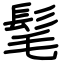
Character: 髦